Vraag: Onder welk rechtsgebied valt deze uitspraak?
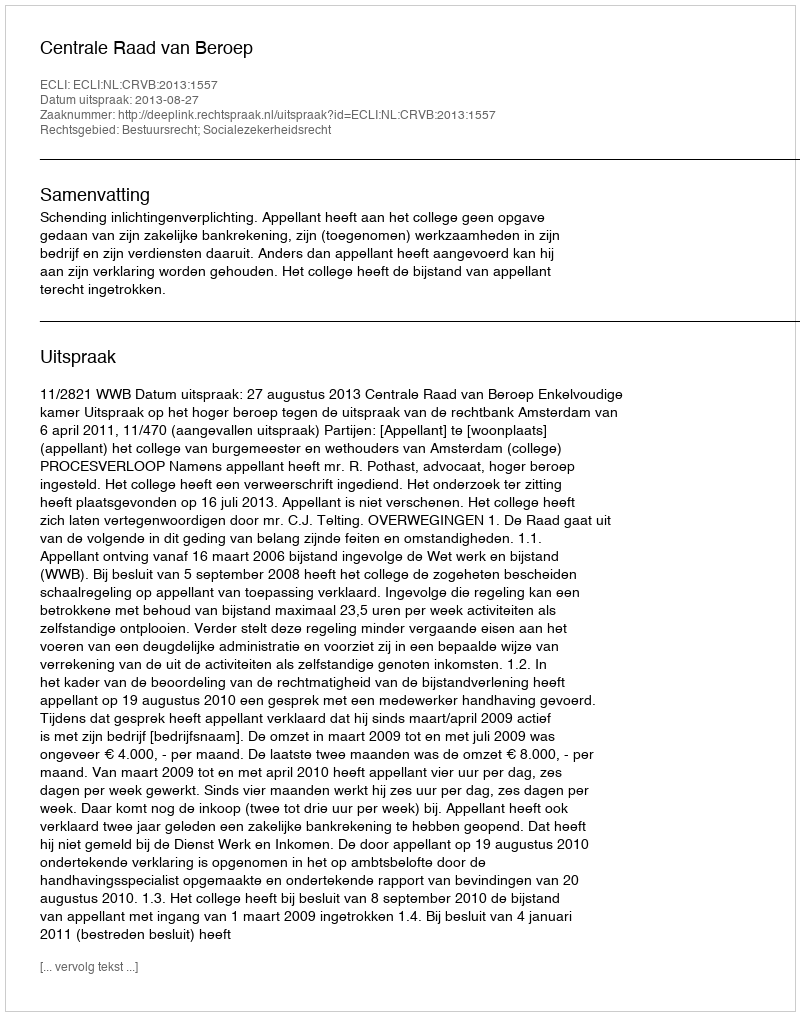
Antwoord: Bestuursrecht; Socialezekerheidsrecht